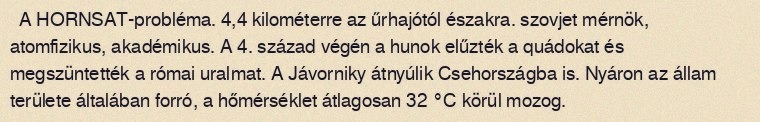
A HORNSAT-probléma. 4,4 kilométerre az űrhajótól északra. szovjet mérnök, atomfizikus, akadémikus. A 4. század végén a hunok elűzték a quádokat és megszüntették a római uralmat. A Jávorniky átnyúlik Csehországba is. Nyáron az állam területe általában forró, a hőmérséklet átlagosan 32 °C körül mozog.